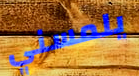
يلمسني